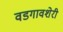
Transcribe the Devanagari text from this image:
वडगावशेरी